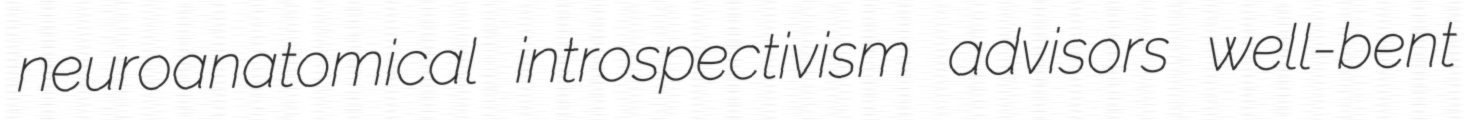
neuroanatomical introspectivism advisors well-bent